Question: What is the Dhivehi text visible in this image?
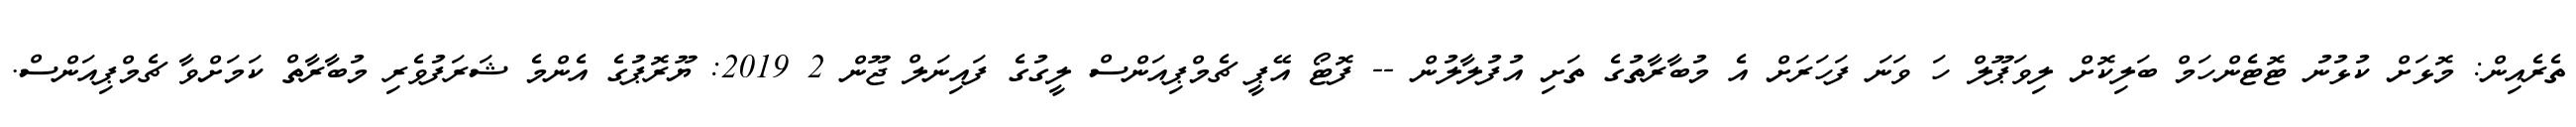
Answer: ތެރެއިން: މޮޅަށް ކުޅުނު ޓޮޓެންހަމް ބަލިކޮށް ލިވަޕޫލް ހަ ވަނަ ފަހަރަށް އެ މުބާރާތުގެ ތަށި އުފުލާލުން -- ފޮޓޯ އޭޕީ ޗެމްޕިއަންސް ލީގުގެ ފައިނަލް ޖޫން 2 2019: ޔޫރޮޕުގެ އެންމެ ޝަރަފުވެރި މުބާރާތް ކަމަށްވާ ޗެމްޕިއަންސް.